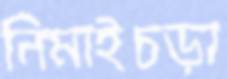
নিমাইচড়া